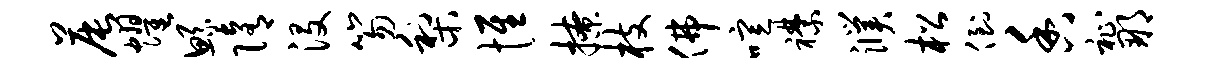
晨耀鲧隋没笏梨惟撩枝佛喧襟濮松倒香祉那